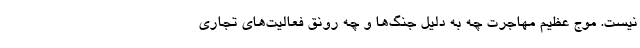
نیست. موج عظیم مهاجرت چه به دلیل جنگ‌ها و چه رونق فعالیت‌های تجاری